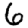
Digit: 6